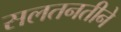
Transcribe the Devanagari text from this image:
सलतनतीने